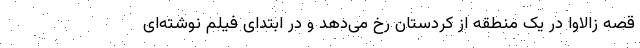
قصه زالاوا در یک منطقه از کردستان رخ می‌دهد و در ابتدای فیلم نوشته‌ای